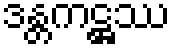
ဒန္တကဋ္ဌဿ